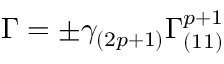
\Gamma = \pm \gamma _ { ( 2 p + 1 ) } \Gamma _ { ( 1 1 ) } ^ { p + 1 }